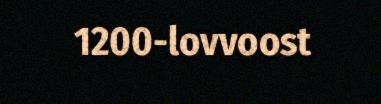
1200-lovvoost